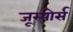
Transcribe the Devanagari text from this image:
जूस्पोर्स